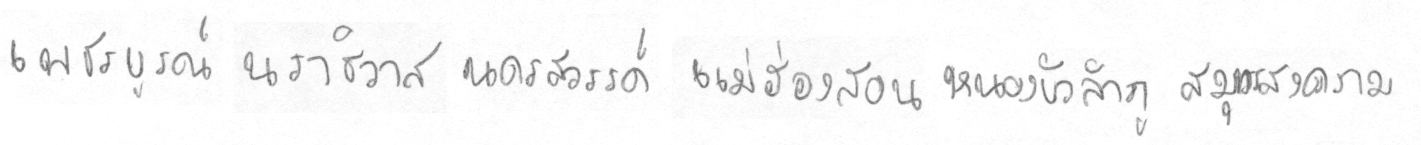
เพชรบรูณ์นราธิวาสนครสววรรค์แม่ฮ่องสอนหนองบัวลำภูสมุทรสงคราม